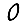
Digit: 0